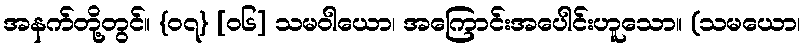
အနက်တို့တွင်။ {၀၇} [၀၆] သမဝါယော၊ အကြောင်းအပေါင်းဟူသော။ (သမယော၊